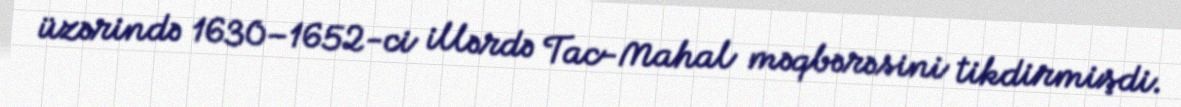
üzərində 1630–1652-ci illərdə Tac-Mahal məqbərəsini tikdirmişdi.